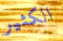
الكثير